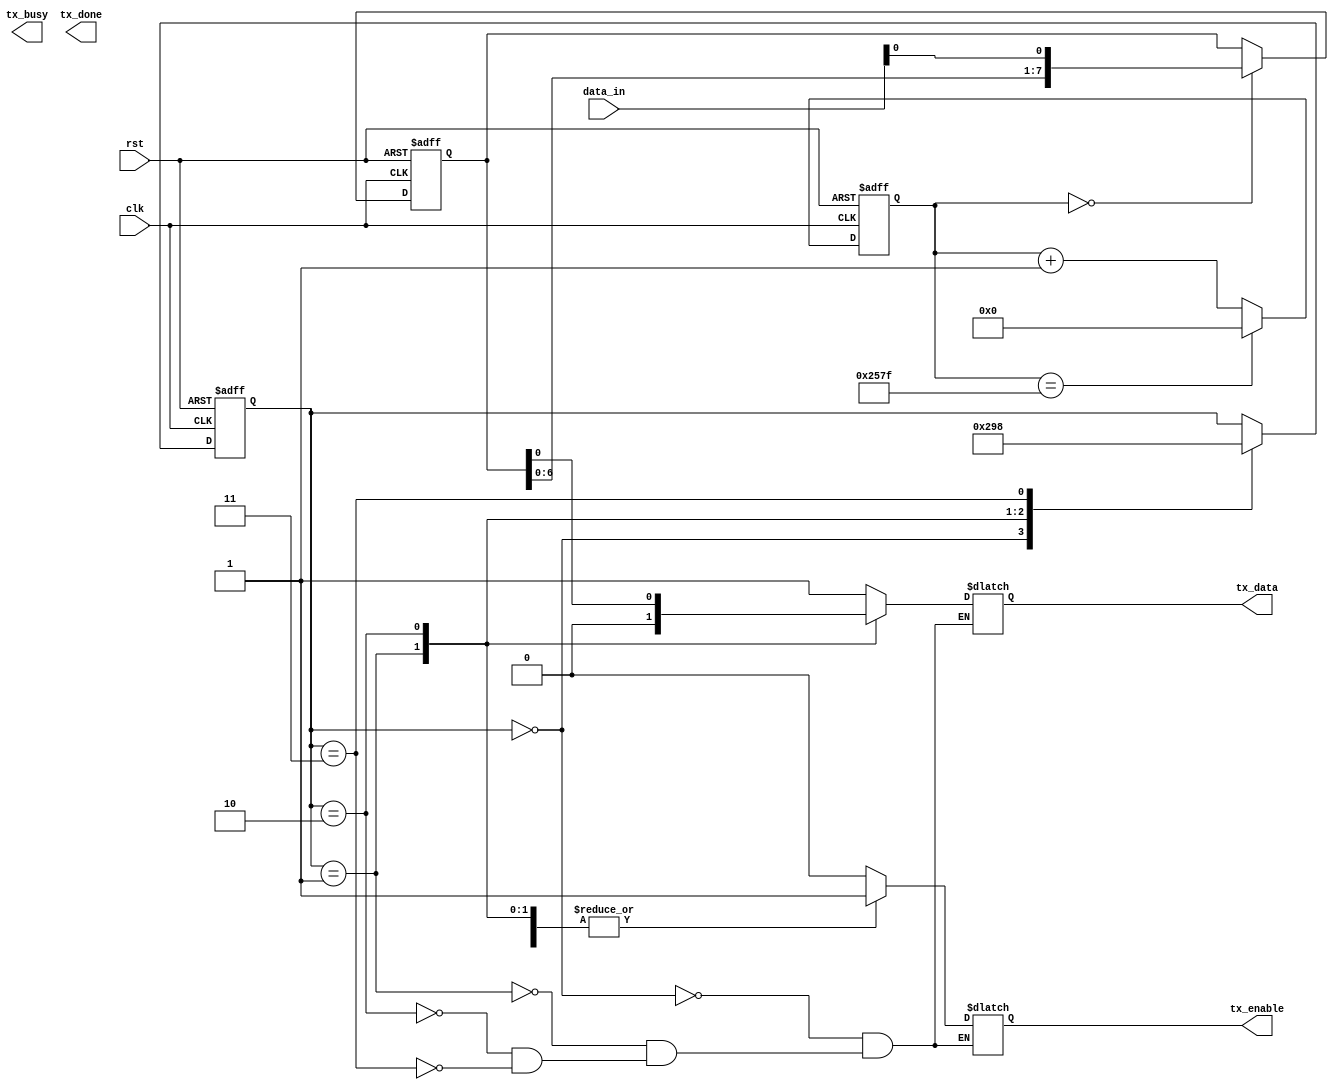
module UART_transmitter (
  input wire clk,
  input wire rst,

  input wire [7:0] data_in,
  output reg tx_data,

  output wire tx_enable,
  output wire tx_busy,
  output wire tx_done
);

// Clock Divider
reg [15:0] baud_cnt;
parameter BAUD_RATE = 9600;
always @(posedge clk or posedge rst) begin
  if (rst)
    baud_cnt <= 16'b0;
  else if (baud_cnt == BAUD_RATE - 1)
    baud_cnt <= 16'b0;
  else
    baud_cnt <= baud_cnt + 1;
end

// Shift Register
reg [7:0] shift_reg;
always @(posedge clk or posedge rst) begin
  if (rst)
    shift_reg <= 8'b0;
  else if (baud_cnt == 0)
    shift_reg <= {shift_reg[6:0], data_in[0]};
  else
    shift_reg <= shift_reg;
end

// Control Logic Block
reg [2:0] state;
parameter IDLE = 3'b000;
parameter START_BIT = 3'b001;
parameter DATA_BITS = 3'b010;
parameter STOP_BIT = 3'b011;
always @(posedge clk or posedge rst) begin
  if (rst)
    state <= IDLE;
  else begin
    case(state)
      IDLE: begin
        state <= START_BIT;
      end

      START_BIT: begin
        state <= DATA_BITS;
      end

      DATA_BITS: begin
        state <= STOP_BIT;
      end

      STOP_BIT: begin
        state <= IDLE;
      end
    endcase
  end
end

// Serial Data Output Block
always @(*) begin
  case(state)
    IDLE: begin
      tx_data <= 1'b1;
      tx_enable <= 1'b0;
    end

    START_BIT: begin
      tx_data <= 1'b0;
      tx_enable <= 1'b1;
    end

    DATA_BITS: begin
      tx_data <= shift_reg[0];
      tx_enable <= 1'b1;
    end

    STOP_BIT: begin
      tx_data <= 1'b1;
      tx_enable <= 1'b1;
    end
  endcase
end

endmodule